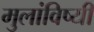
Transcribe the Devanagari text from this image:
मुलांविष्यी